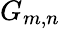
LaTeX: G_{m,n}